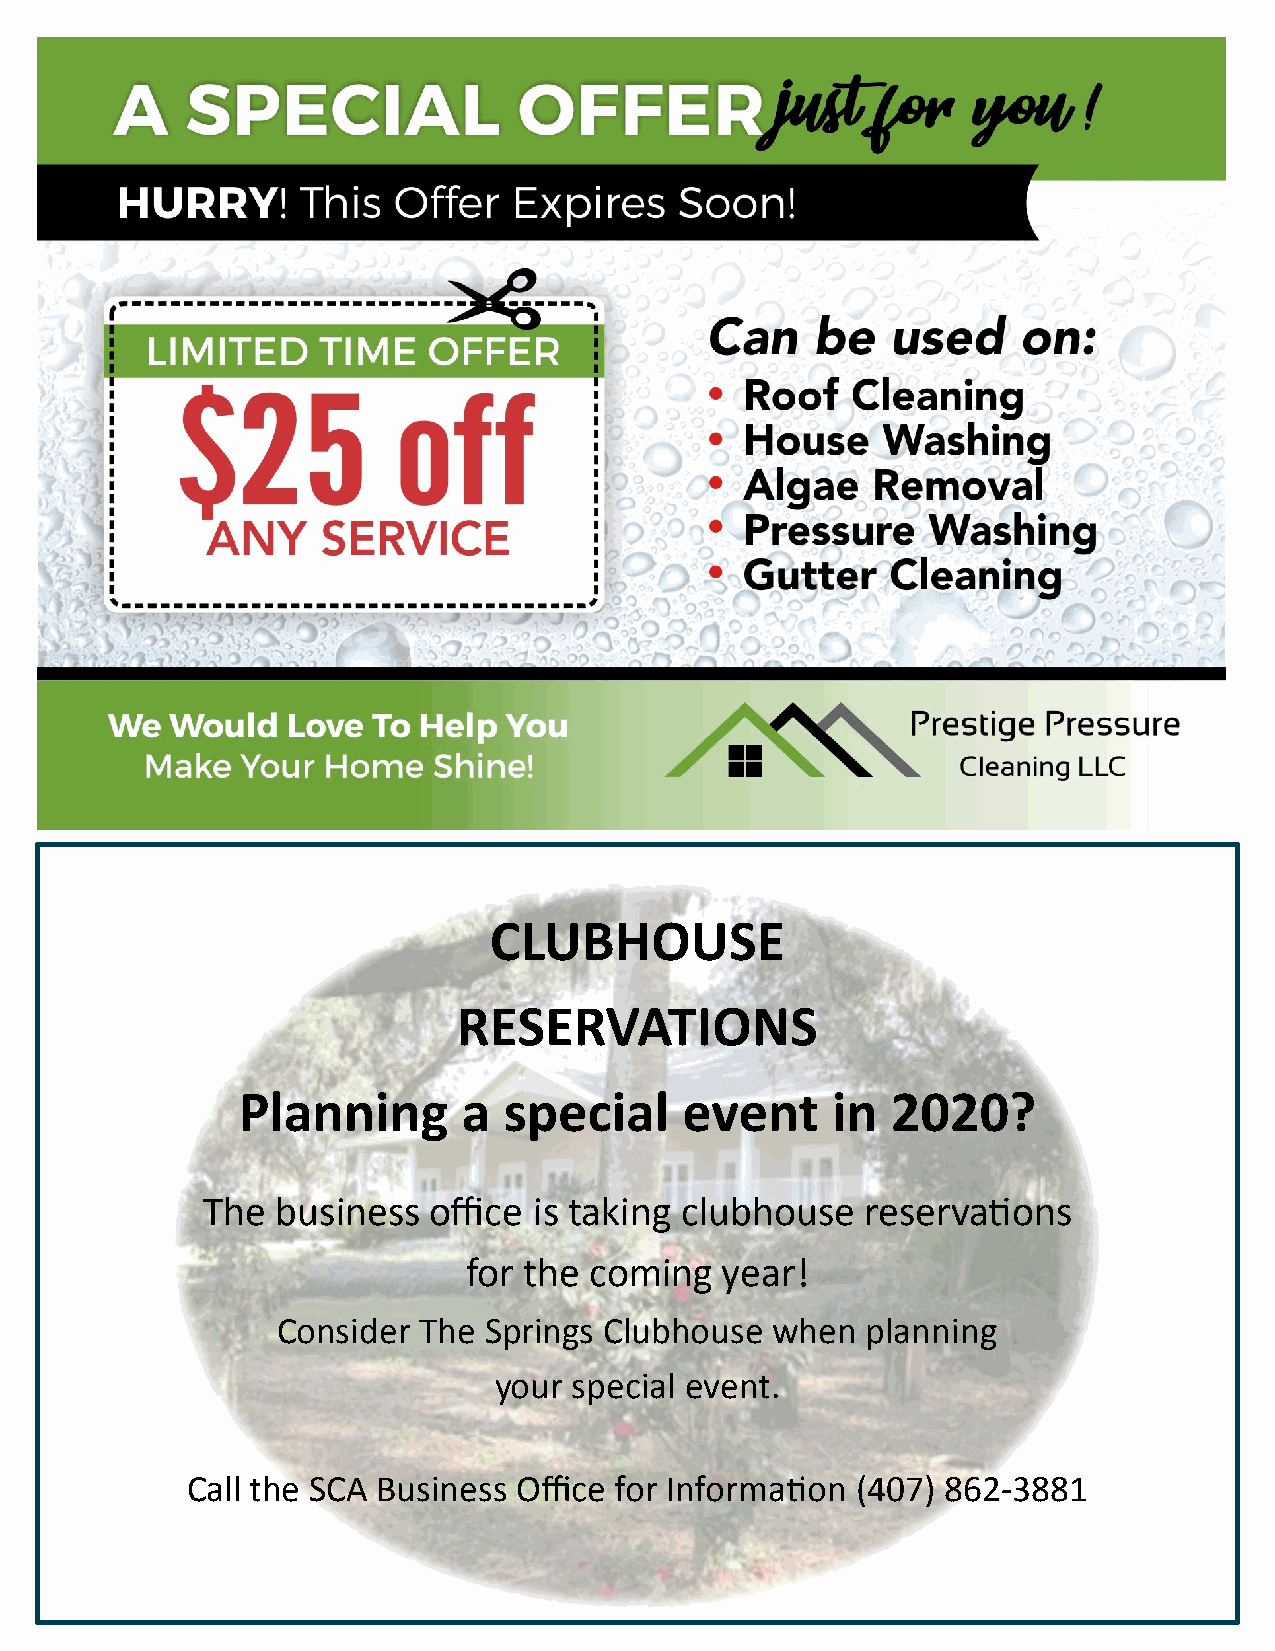
CLUBHOUSE
 RESERVATIONS
 Planning       a special     event     in  2020?
 The  business  office is taking clubhouse   reservations
 for the coming   year!
 Consider  The Springs Clubhouse  when  planning
 your special event.
 Call the SCA Business Office for Information (407) 862-3881